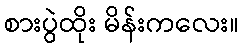
စားပွဲထိုး မိန်းကလေး။